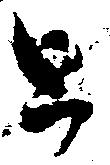
と